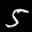
Label: 5